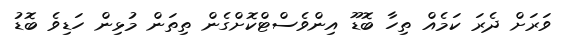
ވަރަށް ދެރަ ކަމެއް ތިހާ ބޮޑޫ އިންވެސްޓްކޮށްގެން ތިތަން މުޅިން ހަޑިވެ ބޮޑު